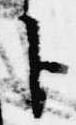
ト